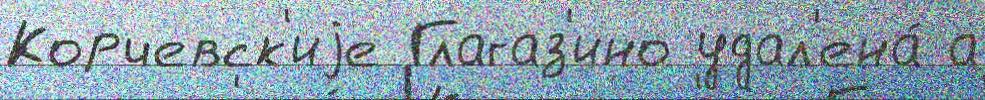
Корчевск'иjе Глагаз'ино удал'ена́ а